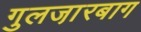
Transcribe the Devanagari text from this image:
गुलजा़रबाग